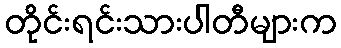
တိုင်းရင်းသားပါတီများက